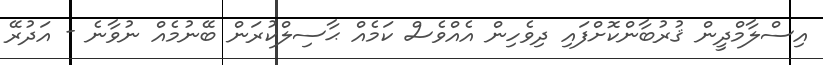
އިސްލާމްދީން ޤުރުބާންކޮށްފައި ދިވެހިން އެއްވެސް ކަމެއް ޙާސިލްކުރަން ބޭނުމެއް ނުވާނެ - އަދުރޭ